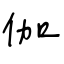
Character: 伽